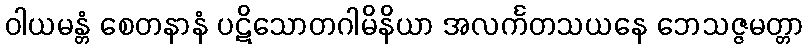
ဝါယမန္တံ စေတနာနံ ပဋိသောတဂါမိနိယာ အလင်္ကတသယနေ ဘေသဇ္ဇမတ္တာ